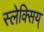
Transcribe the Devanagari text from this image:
स्लेक्सिय्